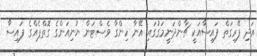
އަދި ފޭރިގަތް ފައިސާއަކީ ޗާންދަނީމަގުގައި އޭނާ ހިންގާ ވެސްޓަން ޔުނިއަންގެ ގޮތްޕެއްގެ ފައިސާ